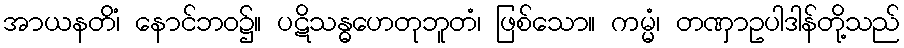
အာယနတိံ၊ နောင်ဘဝ၌။ ပဋိသန္ဓဟေတုဘူတံ၊ ဖြစ်သော။ ကမ္မံ၊ တဏှာဥပါဒါန်တို့သည်